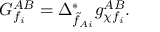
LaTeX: G _ { f _ { i } } ^ { A B } = \Delta _ { \tilde { f } _ { A i } } ^ { * } g _ { \chi f _ { i } } ^ { A B } .